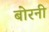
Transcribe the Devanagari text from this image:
बोरनी